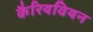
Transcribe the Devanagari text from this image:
कैरियवियन